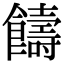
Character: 𩟕